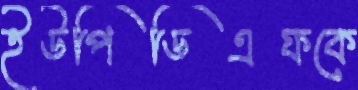
ইউপিডিএফকে